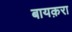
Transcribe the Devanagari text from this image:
बायक़रा